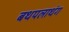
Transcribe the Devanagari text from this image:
बथपलाथंग